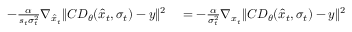
\begin{array} { r l } { - \frac { \alpha } { s _ { t } \sigma _ { t } ^ { 2 } } \nabla _ { \hat { x } _ { t } } \| C D _ { \theta } ( \hat { x } _ { t } , \sigma _ { t } ) - y \| ^ { 2 } } & { { } = - \frac { \alpha } { \sigma _ { t } ^ { 2 } } \nabla _ { x _ { t } } \| C D _ { \theta } ( \hat { x } _ { t } , \sigma _ { t } ) - y \| ^ { 2 } } \end{array}